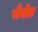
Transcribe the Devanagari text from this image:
चैबोट